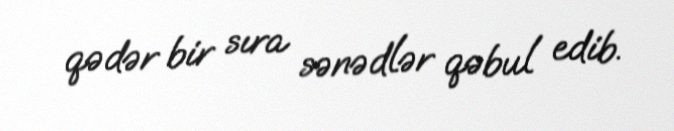
qədər bir sıra sənədlər qəbul edib.